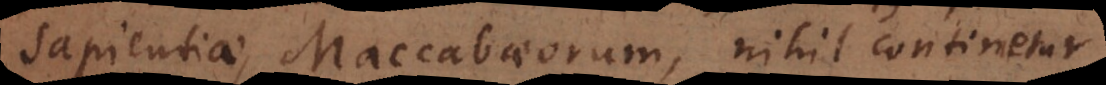
Sapientiae, Maccabaeorum, nihil continetur